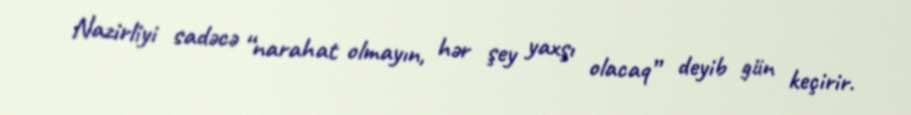
Nazirliyi sadəcə “narahat olmayın, hər şey yaxşı olacaq” deyib gün keçirir.